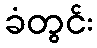
ခံတွင်း